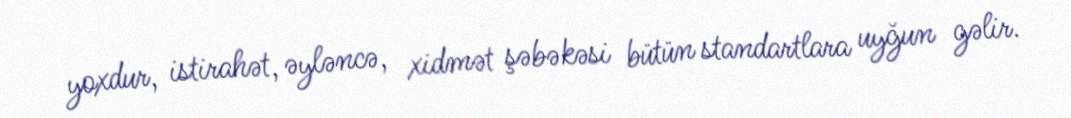
yoxdur, istirahət, əyləncə, xidmət şəbəkəsi bütün standartlara uyğun gəlir.